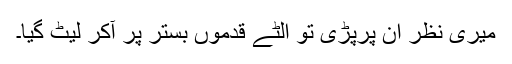
میری نظر ان پرپڑی تو الٹے قدموں بستر پر آکر لیٹ گیا۔